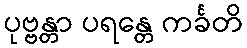
ပုဗ္ဗန္တာ ပရန္တေ ကင်္ခတိ